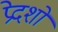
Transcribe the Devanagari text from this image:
प्रेदशों